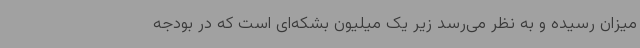
میزان رسیده و به نظر می‌رسد زیر یک میلیون بشکه‌ای است که در بودجه